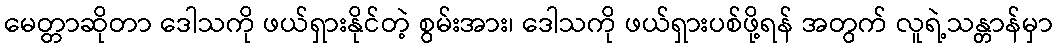
မေတ္တာဆိုတာ ဒေါသကို ဖယ်ရှားနိုင်တဲ့ စွမ်းအား၊ ဒေါသကို ဖယ်ရှားပစ်ဖို့ရန် အတွက် လူရဲ့သန္တာန်မှာ